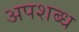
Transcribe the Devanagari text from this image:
अपशब्ध